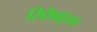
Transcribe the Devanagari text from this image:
सिरैक्यूजन